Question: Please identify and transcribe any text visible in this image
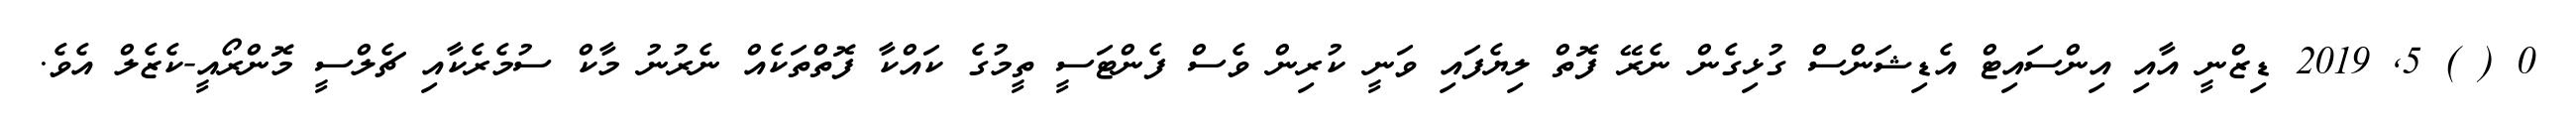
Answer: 0 ( ) 5, 2019 ޑިޒްނީ އާއި އިންސައިޓް އެޑިޝަންސް ގުޅިގެން ނެރޭ ފޮތް ލިޔެފައި ވަނީ ކުރިން ވެސް ފެންޓަސީ ތީމުގެ ކައްކާ ފޮތްތަކެއް ނެރުނު މާކް ސުމެރެކާއި ޗެލްސީ މޮންރޯއީ-ކެޒެލް އެވެ.